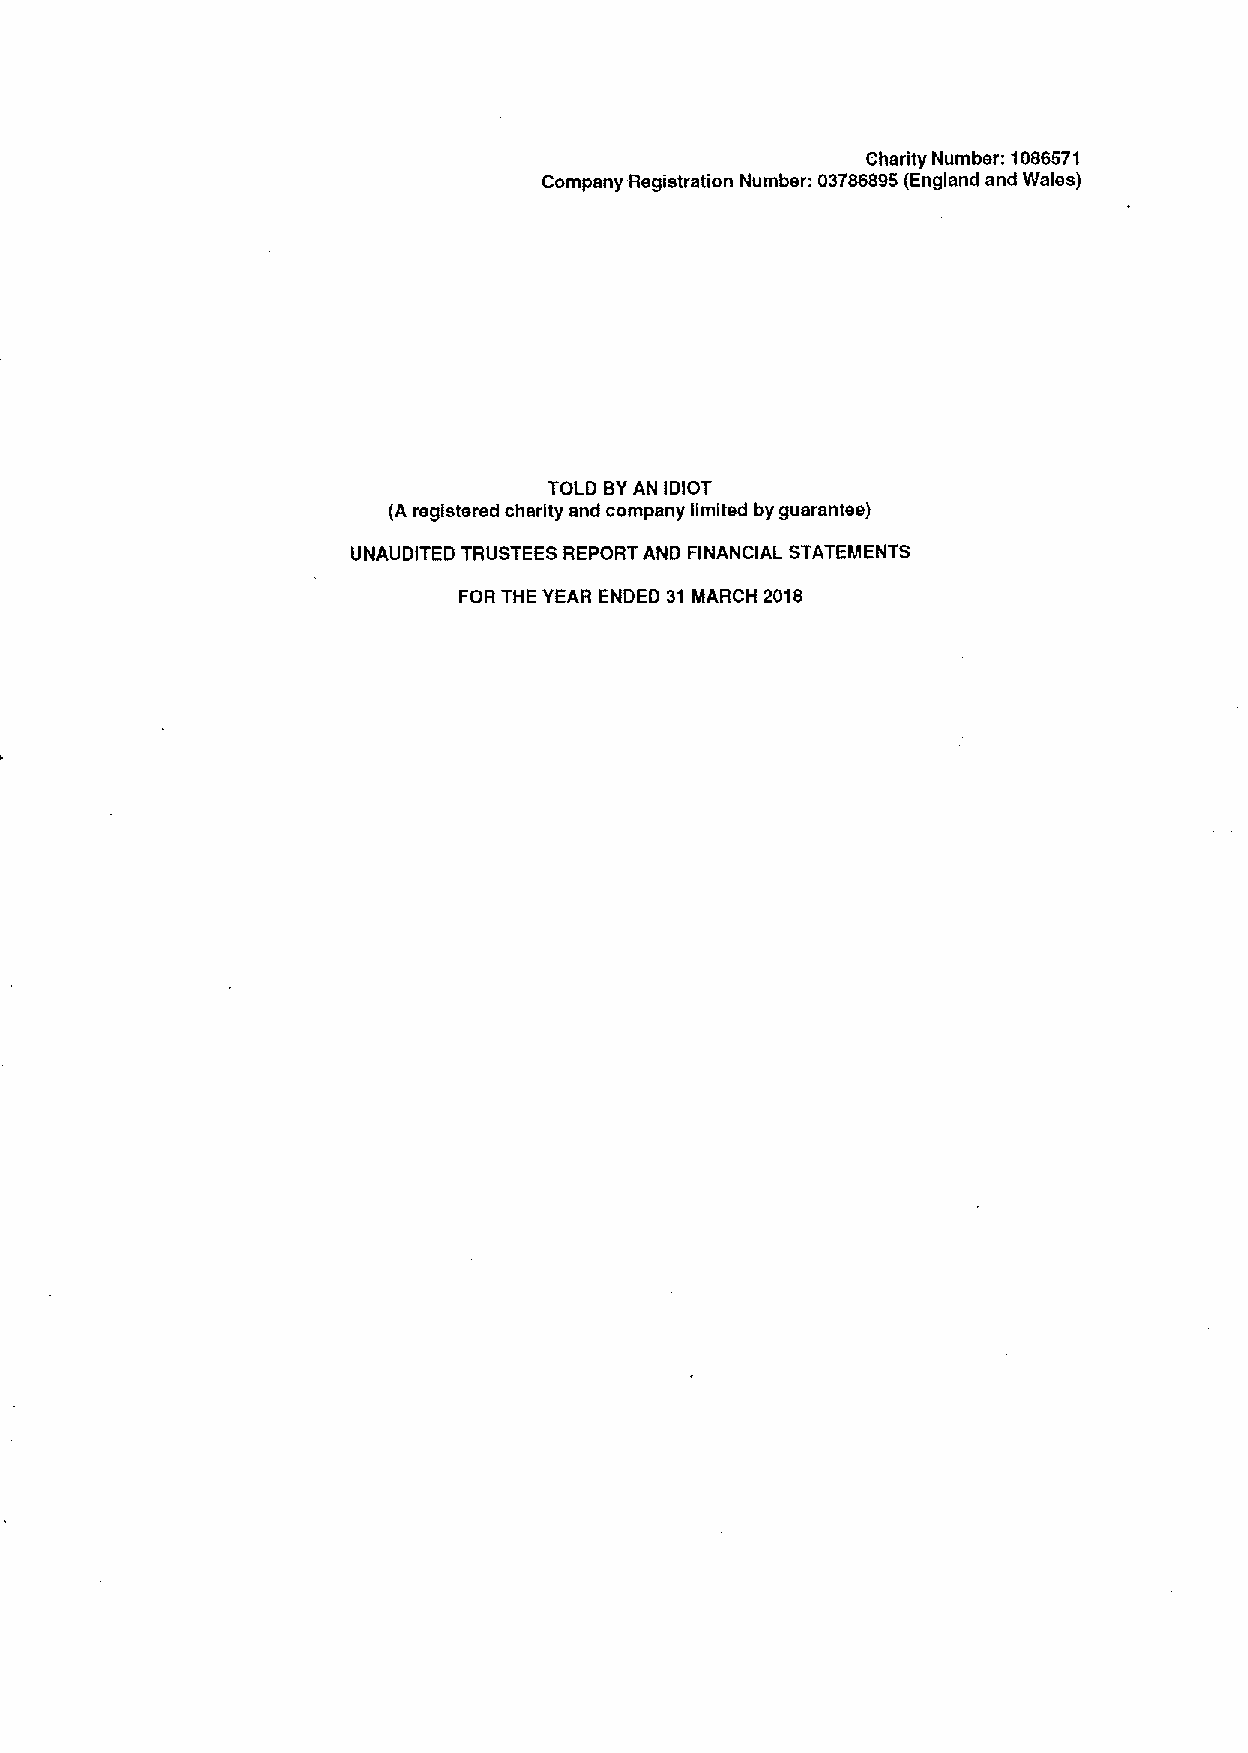
Charity Number: 1086571
 Company Registration Number: 03786895(England and Wales)
 TOLD BYAN IDIOT
 (A registered charity and company limited by guarantee)
 UNAUDITED TRUSTEES REPORT AND FINANCIAL STATEMENTS
 FOR THE YEAR ENDED 31 MARCH 2018